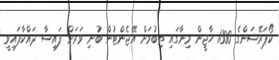
ކޯޕަރޭޝަންގެ 1300 ހާޖީން މިނާގައި ތިބުމަށް އޭޖެންޓުން ބުނި ވަރަށް ފައިސާ ދައްކާފައިވީ